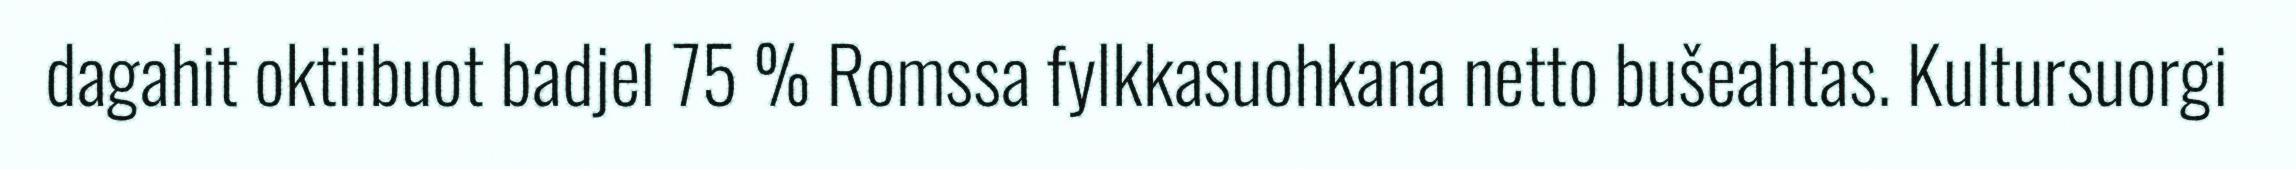
dagahit oktiibuot badjel 75 % Romssa fylkkasuohkana netto bušeahtas. Kultursuorgi